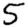
Digit: 5